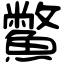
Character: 鱉